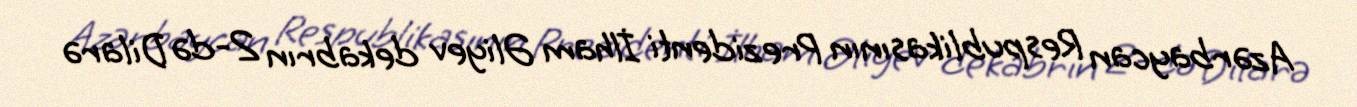
Azərbaycan Respublikasının Prezidenti İlham Əliyev dekabrın 2-də Dilarə